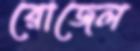
রোজেল